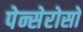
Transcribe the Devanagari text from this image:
पेन्सेरोसो